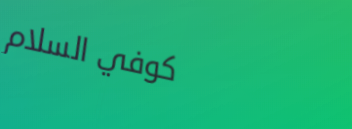
كوفي السلام